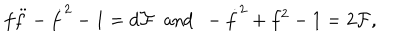
f \ddot { f } - \dot { f } ^ { 2 } - 1 = d { \cal F } ~ ~ \mathrm { a n d } ~ ~ - \dot { f } ^ { 2 } + f ^ { 2 } - 1 = 2 { \cal F } ,